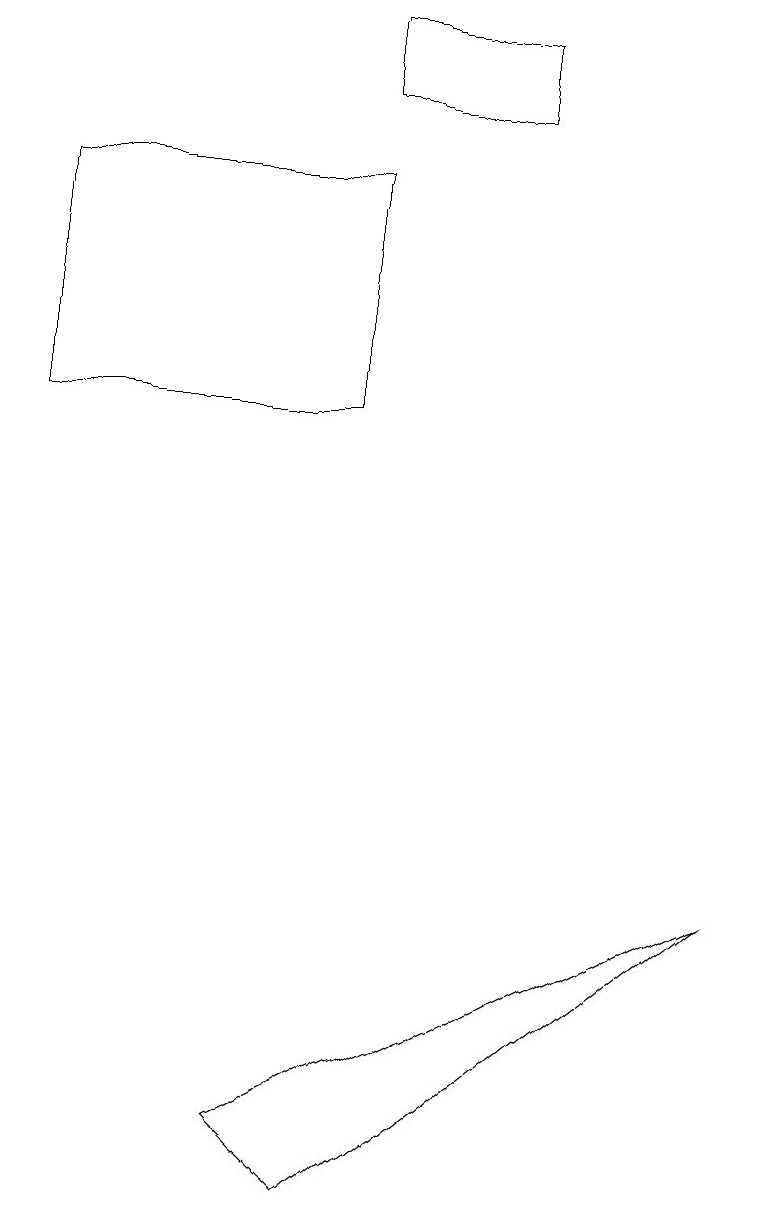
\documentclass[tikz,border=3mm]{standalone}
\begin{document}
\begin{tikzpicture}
\draw (4,16) rectangle (0,13);
\draw (3,4) -- (9,7) -- (4,3) -- cycle;
\draw (4,18) rectangle (6,17);
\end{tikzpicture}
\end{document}